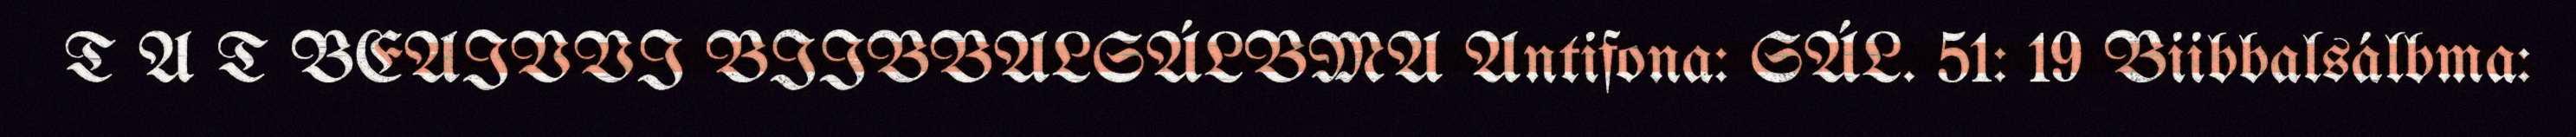
T A T BEAIVVI BIIBBALSÁLBMA Antifona: SÁL. 51: 19 Biibbalsálbma: